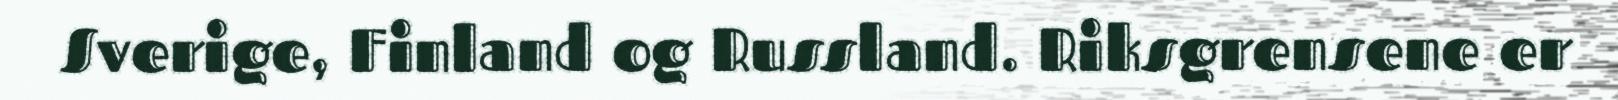
Sverige, Finland og Russland. Riksgrensene er